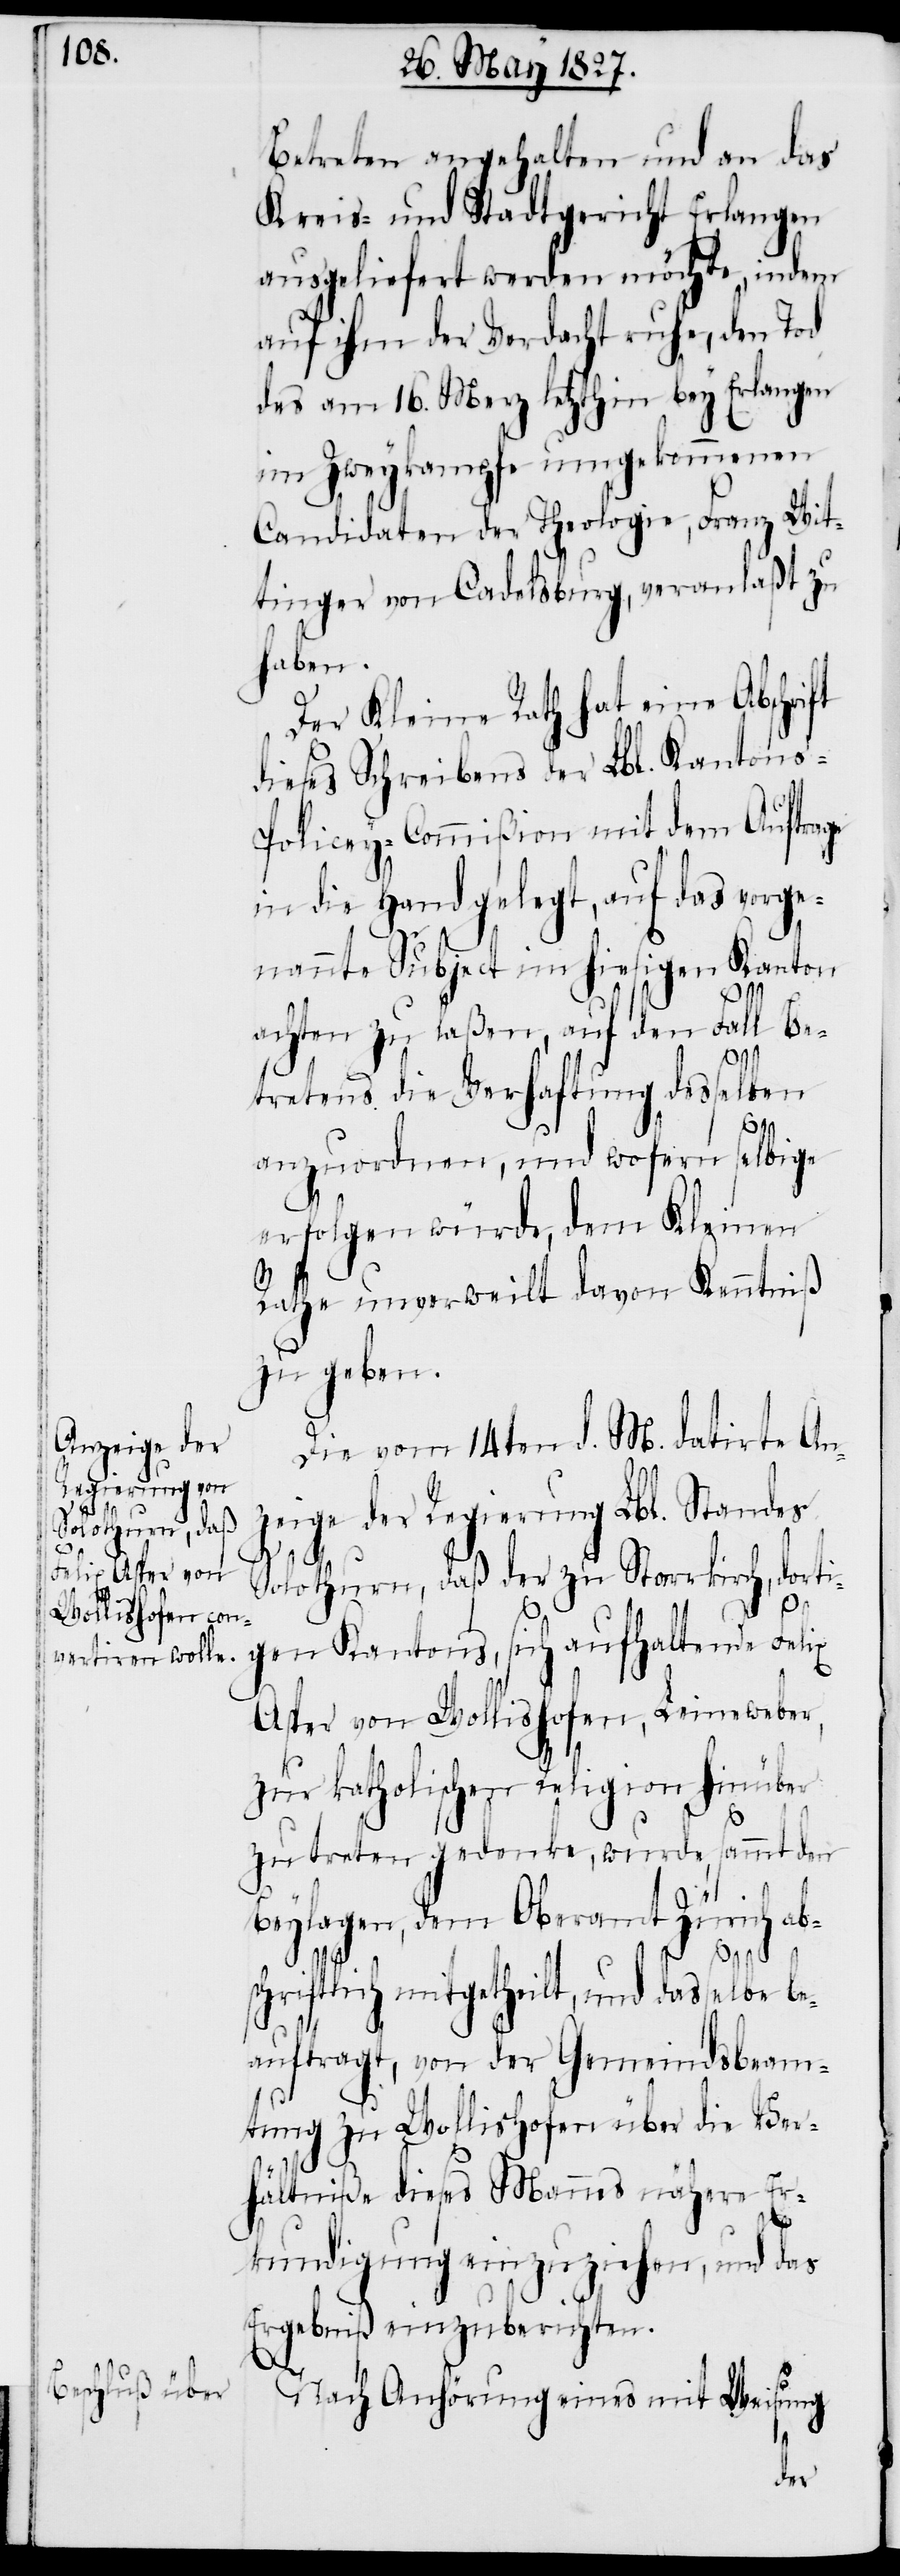
Betreten angehalten und an das
Kreis- und Stadtgericht Erlangen
ausgeliefert werden möchte, indem
auf ihm der Verdacht ruhe, den Tod
des am 16. Merz letzthin bey Erlangen
im Zweykampfe umgekommenen
Candidaten der Theologie, Franz Wit¬
tinger von Cadelsburg, veranlaßt zu
haben.
Der Kleine Rath hat eine Abschrift
dieses Schreibens der Lbl. Kanton¬
s-Policey-Commißion mit dem Auftrage
in die Hand gelegt, auf das vorge¬
nannte Subject im hiesigen Kanton
gen
achten zu laßen, auf den Fall Be¬
tretens die Verhaftung desselben
anzuordnen, und wofern selbige
erfolgen würde, dem Kleinen
Rath unverweilt davon Kenntniß
zu geben.
Die vom 14ten d. M. datirte An¬
zeige der Regierung Lbl. Standes
Solothurn, daß der zu Starrkirch, dorti¬
Asper von Wollishofen, Leineweber,
zur katholischen Religion hinüber
zu treten gedenke, wurde sammt den
Beylagen, dem Oberamt Zürich ab¬
schriftlich mitgetheilt, und dasselbe be¬
auftragt, von der Gemeindsbeam¬
tung zu Wollishofen über die Ver¬
hältniße dieses Mannes nähere Er¬
kundigung einzuziehen, und das
Ergebniß einzuberichten.
Nach Anhörung eines mit Weisung